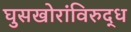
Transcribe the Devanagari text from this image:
घुसखोरांविरुद्ध